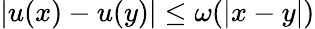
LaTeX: |u(x)-u(y)|\leq\omega(|x-y|)